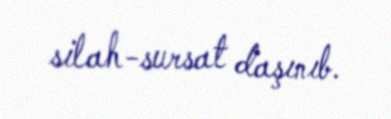
silah-sursat daşınıb.